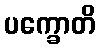
ပက္ခောတိ